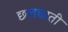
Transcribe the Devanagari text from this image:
छलघाती